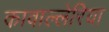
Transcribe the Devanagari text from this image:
कावाल्लेरिया